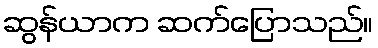
ဆွန်ယာက ဆက်ပြောသည်။